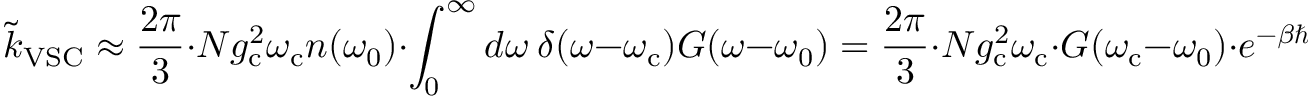
\tilde { k } _ { \mathrm { V S C } } \approx \frac { 2 \pi } { 3 } \cdot N g _ { \mathrm { c } } ^ { 2 } \omega _ { \mathrm { c } } n ( \omega _ { 0 } ) \cdot \int _ { 0 } ^ { \infty } d \omega ~ \delta ( \omega - \omega _ { \mathrm { c } } ) G ( \omega - \omega _ { 0 } ) = \frac { 2 \pi } { 3 } \cdot N g _ { \mathrm { c } } ^ { 2 } \omega _ { \mathrm { c } } \cdot G ( \omega _ { \mathrm { c } } - \omega _ { 0 } ) \cdot e ^ { - \beta \hbar \omega _ { 0 } }